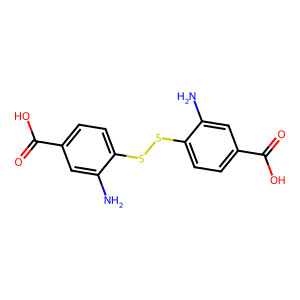
SMILES: Nc1cc(C(=O)O)ccc1SSc1ccc(C(=O)O)cc1N
Inhibits HIV replication: Yes